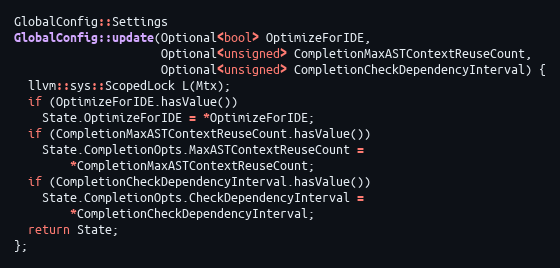
Language: C++
GlobalConfig::Settings
GlobalConfig::update(Optional<bool> OptimizeForIDE,
                     Optional<unsigned> CompletionMaxASTContextReuseCount,
                     Optional<unsigned> CompletionCheckDependencyInterval) {
  llvm::sys::ScopedLock L(Mtx);
  if (OptimizeForIDE.hasValue())
    State.OptimizeForIDE = *OptimizeForIDE;
  if (CompletionMaxASTContextReuseCount.hasValue())
    State.CompletionOpts.MaxASTContextReuseCount =
        *CompletionMaxASTContextReuseCount;
  if (CompletionCheckDependencyInterval.hasValue())
    State.CompletionOpts.CheckDependencyInterval =
        *CompletionCheckDependencyInterval;
  return State;
};